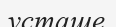
усташе